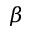
\beta